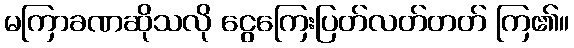
မကြာခဏဆိုသလို ငွေကြေးပြတ်လတ်တတ် ကြ၏။